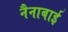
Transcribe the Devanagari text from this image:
नैनाबाई